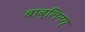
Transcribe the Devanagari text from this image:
बाब्लिनग्